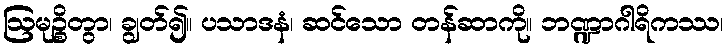
ဩမုဉ္စိတွာ၊ ချွတ်၍။ ပသာဒနံ၊ ဆင်သော တန်ဆာကို။ ဘဏ္ဍာဂါရိကဿ၊